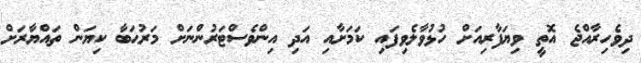
ދިވެހިރާއްޖެ އޮތީ ވިޔަފާރިއަށް ހުޅުވާލެވިފައި ކަމަށާއި އަދި އިންވެސްޓަރުންނަށް މަރުޙަބާ ކިޔަން ތައްޔާރަށް